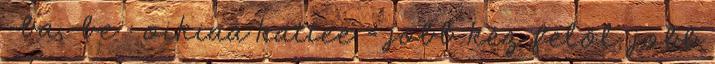
-ba,-be : oikiaa kättee = jobb kéz felől, jobb